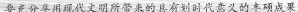
要充分享用现代文明所带来的具有划时代意义的丰硕成果。